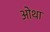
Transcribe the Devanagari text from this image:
ओथा